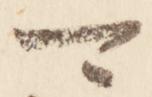
可